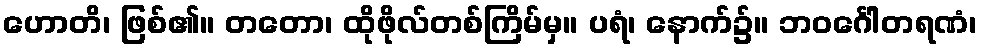
ဟောတိ၊ ဖြစ်၏။ တတော၊ ထိုဖိုလ်တစ်ကြိမ်မှ။ ပရံ၊ နောက်၌။ ဘဝင်္ဂေါတရဏံ၊